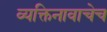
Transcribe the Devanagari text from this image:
व्यक्तिनावाचेच